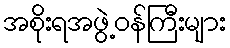
အစိုးရအဖွဲ့ဝန်ကြီးများ